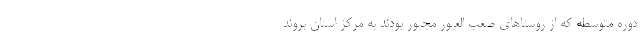
دوره متوسطه که از روستاهای صعب العبور مجبور بودند به مرکز استان بروند